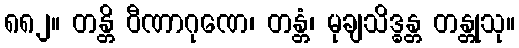
၈၈၂။ တန္တိ ဝီဏာဂုဏေ၊ တန္တံ၊ မုချသိဒ္ဓန္တ တန္တုသု။